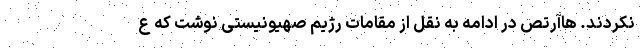
نکردند. هاآرتص در ادامه به نقل از مقامات رژیم صهیونیستی نوشت که ع